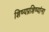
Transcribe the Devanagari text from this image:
शिष्यप्रशिष्यांना